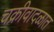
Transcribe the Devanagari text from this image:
चक्रीवादळात